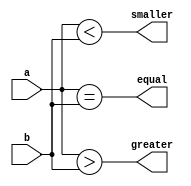
module comparator_nbit 
    // Parameters section
   #( parameter N = 4)
    // Ports section
   (input [N-1:0] a,
    input [N-1:0] b,
    output reg smaller,
    output reg equal,
    output reg greater
   );
  
    // Wildcard operator is best for the procedure's
    // sensitivity list (control list)
    always @(*) begin
        smaller = (a < b);
        equal   = (a == b);
        greater = (a > b);
    end  
  
endmodule